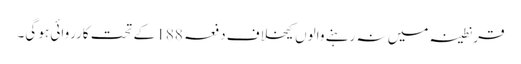
قرنطینہ میں نہ رہنے والوں کیخلاف دفعہ 188 کے تحت کارروائی ہو گی۔